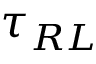
\tau _ { R L }